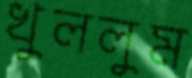
খুললুম